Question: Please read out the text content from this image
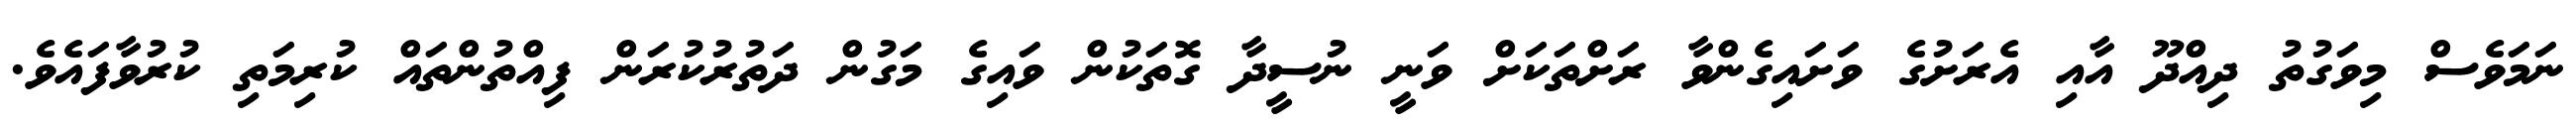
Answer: ނަމަވެސް މިވަގުތު ދިއްދޫ އާއި އެރަށުގެ ވަށައިގެންވާ ރަށްތަކަށް ވަނީ ނުސީދާ ގޮތަކުން ވައިގެ މަގުން ދަތުރުކުރަން ފިއްތުންތައް ކުރިމަތި ކުރުވާފައެވެ.